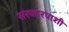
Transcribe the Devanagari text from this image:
सरकारपाशी